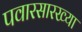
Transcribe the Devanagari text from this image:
पवारसारख्या